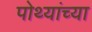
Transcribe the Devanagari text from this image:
पोथ्यांच्या